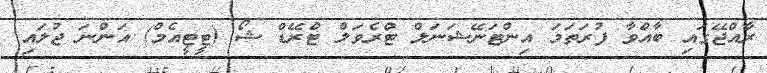
ރާއްޖޭގައި ބާއްވާ ފުރަތަމަ އިންޓަނޭޝަނަލް ޓްރެވަލް ޓްރޭޑް ޝޯ (ޓީޓީއެމް) އަންނަ ޖުލައި